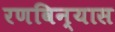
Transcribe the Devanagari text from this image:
रणविन्यास